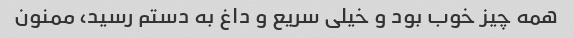
همه چیز خوب بود و خیلی سریع و داغ به دستم رسید، ممنون